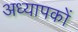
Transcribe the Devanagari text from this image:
अध्‍यापकों